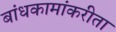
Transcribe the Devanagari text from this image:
बांधकामांकरीता